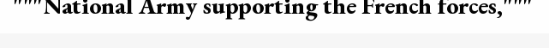
"""National Army supporting the French forces,"""